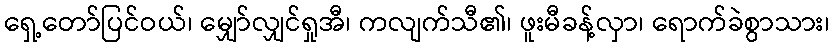
ရှေ့တော်ပြင်ဝယ်၊ မျှော်လျှင်ရှုအီ၊ ကလျက်သီ၏၊ ဖူးမီခန့်လှာ၊ ရောက်ခဲစွာသား၊